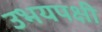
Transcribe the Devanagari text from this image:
उभयपक्षी